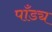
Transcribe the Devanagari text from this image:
पाँड्य